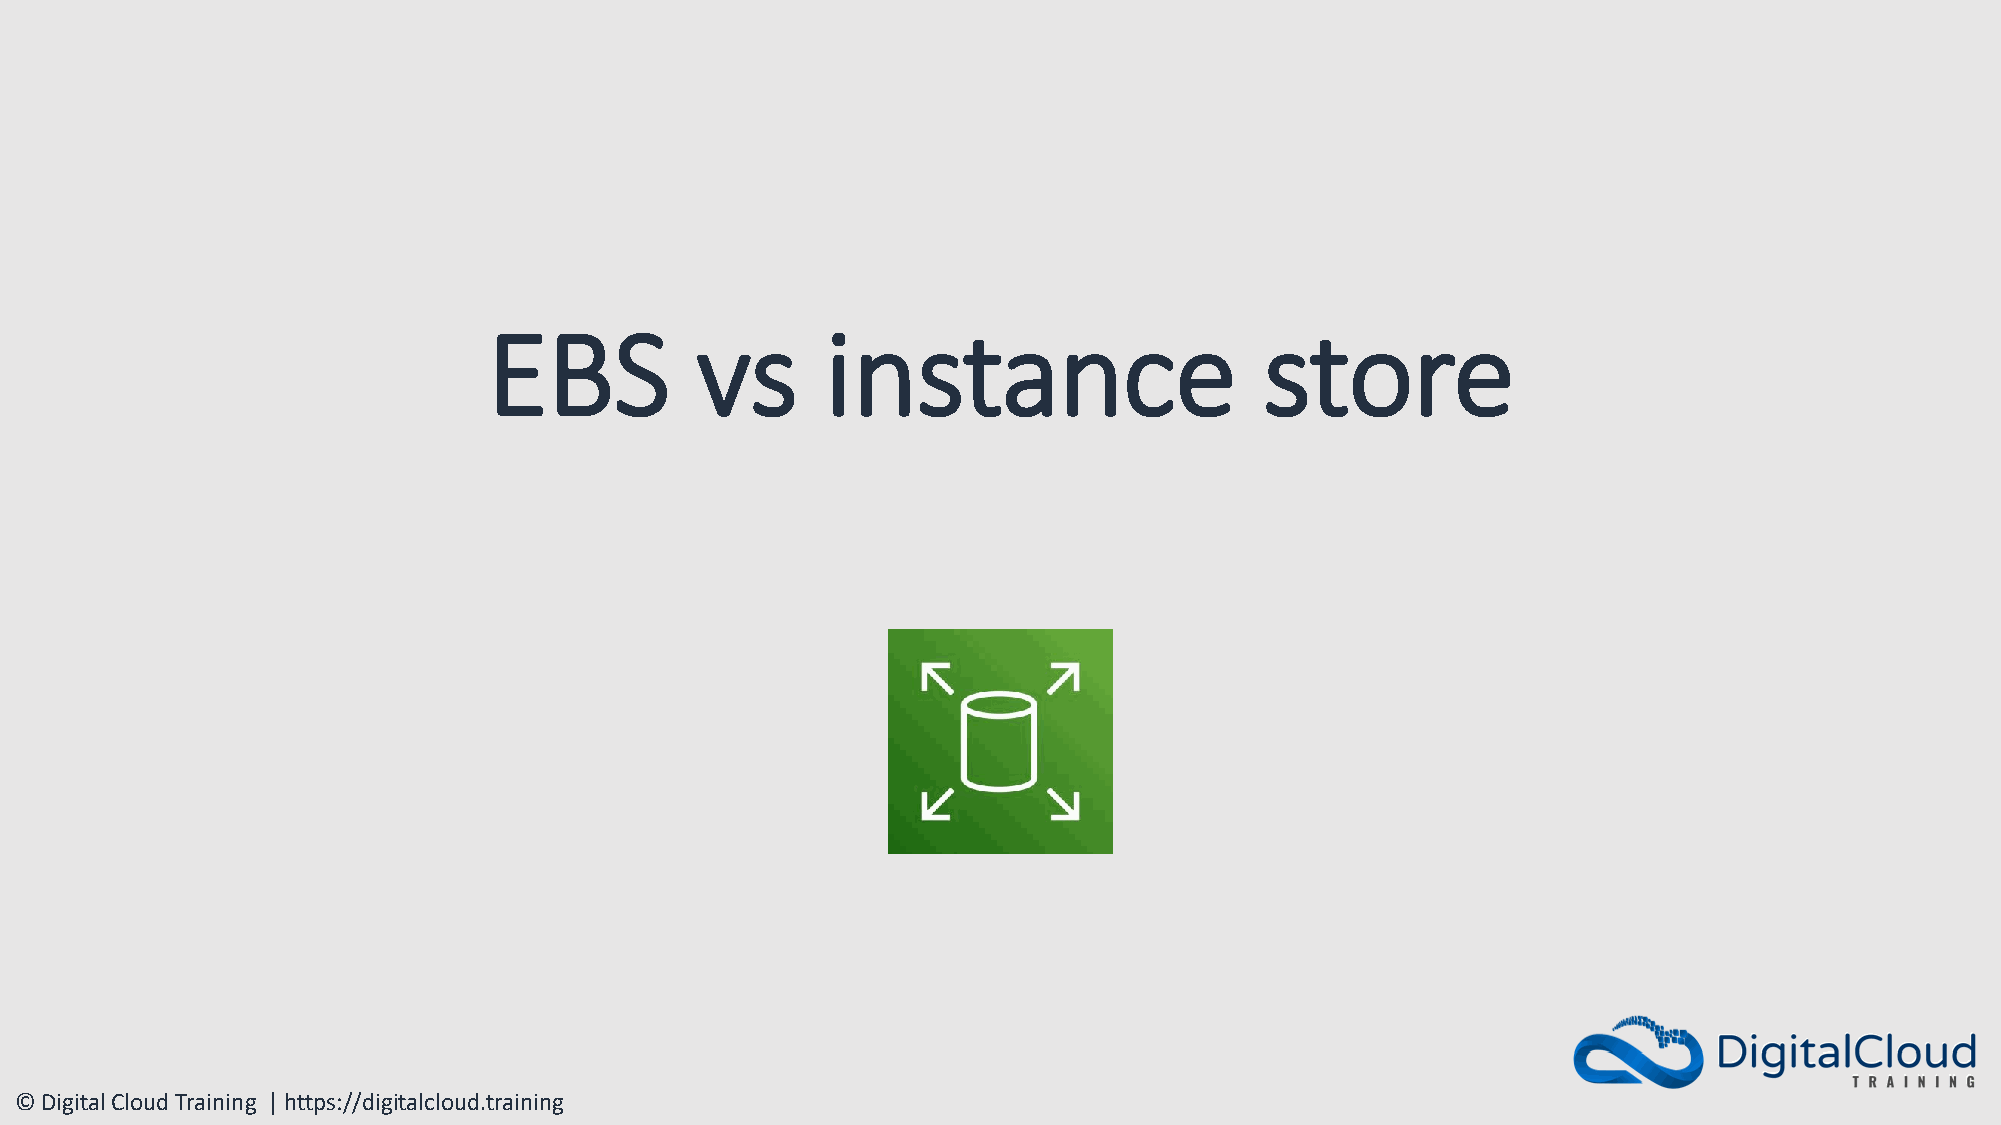
EBS           vs       instance                     store
 © Digital Cloud Training | https://digitalcloud.training